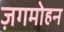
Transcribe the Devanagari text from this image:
ज़गमोहन